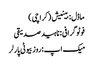
ماڈل : بینیش ( کراچی )
فوٹو گرافی : ناہید صدیقی
میک اپ :روز بیوٹی پارلر